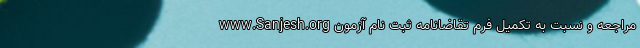
www.Sanjesh.org مراجعه و نسبت به تکمیل فرم تقاضانامه ثبت نام آزمون